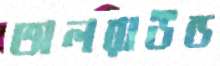
অলরাউন্ড